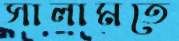
সালামতে